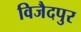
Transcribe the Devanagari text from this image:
विजैदपुर